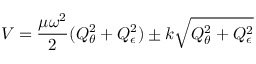
V = { \frac { \mu \omega ^ { 2 } } { 2 } } ( Q _ { \theta } ^ { 2 } + Q _ { \epsilon } ^ { 2 } ) \pm k { \sqrt { Q _ { \theta } ^ { 2 } + Q _ { \epsilon } ^ { 2 } } }